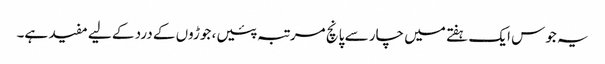
یہ جوس ایک ہفتے میں چار سے پانچ مرتبہ پئیں، جوڑوں کے درد کے لیے مفید ہے۔